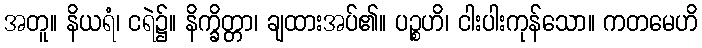
အတူ။ နိယရံ၊ ငရဲ၌။ နိက္ခိတ္တာ၊ ချထားအပ်၏။ ပဉ္စဟိ၊ ငါးပါးကုန်သော။ ကတမေဟိ